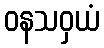
ဝနသဝှယံ